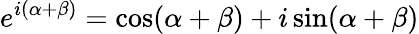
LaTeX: e^{i(\alpha+\beta)}=\cos(\alpha+\beta)+i\sin(\alpha+\beta)